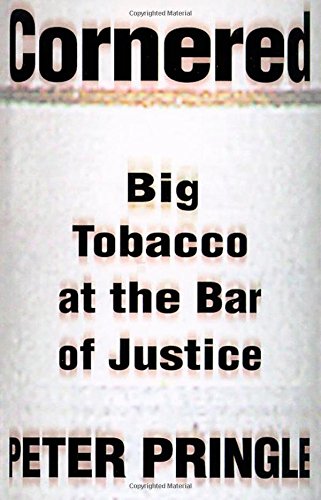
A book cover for Cornered: Big Tobacco At the Bar of Justice; Peter Pringle; Health, Fitness & Dieting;